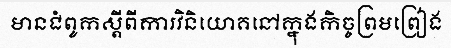
មានជំពូកស្តីពីការវិនិយោគនៅក្នុងកិច្ចព្រមព្រៀង